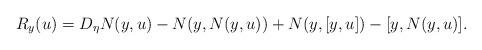
LaTeX: \begin{align*}R_y(u)=D_\eta N(y,u)-N(y,N(y,u))+N(y,[y,u])-[y,N(y,u)].\end{align*}